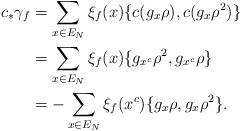
\begin{align*}c_* \gamma_f & = \sum_{x \in E_N} \xi_f(x) \{c(g_x \rho),c(g_x \rho^2)\}\\& = \sum_{x \in E_N} \xi_f(x) \{g_{x^c} \rho^2,g_{x^c} \rho\}\\& = - \sum_{x \in E_N} \xi_f(x^c) \{g_x \rho,g_x \rho^2\}.\end{align*}